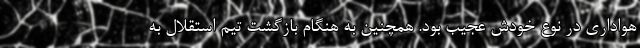
هواداری در نوع خودش عجیب بود. همچنین به هنگام بازگشت تیم استقلال به